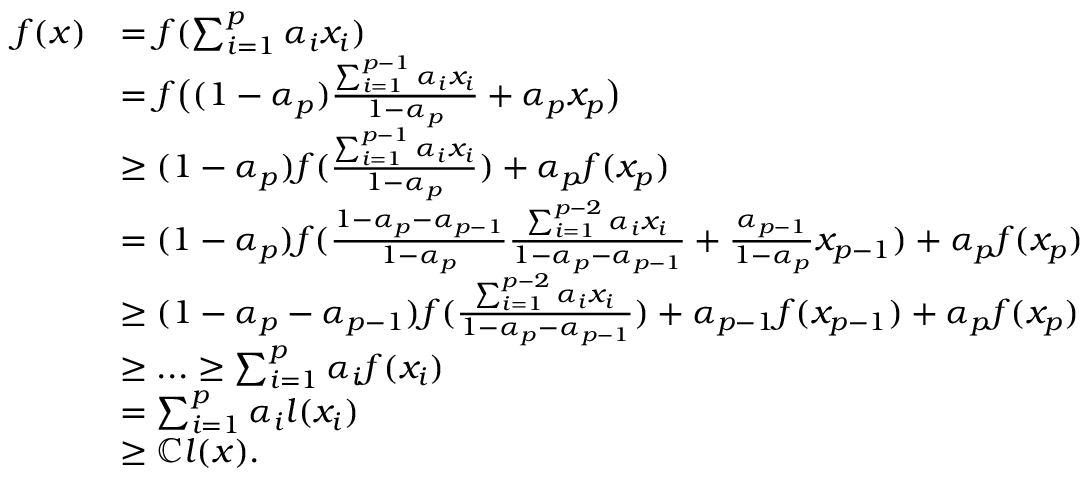
\begin{array} { r l } { f ( x ) } & { = f ( \sum _ { i = 1 } ^ { p } \alpha _ { i } x _ { i } ) } \\ & { = f \bigl ( ( 1 - \alpha _ { p } ) \frac { \sum _ { i = 1 } ^ { p - 1 } \alpha _ { i } x _ { i } } { 1 - \alpha _ { p } } + \alpha _ { p } x _ { p } \bigr ) } \\ & { \geq ( 1 - \alpha _ { p } ) f ( \frac { \sum _ { i = 1 } ^ { p - 1 } \alpha _ { i } x _ { i } } { 1 - \alpha _ { p } } ) + \alpha _ { p } f ( x _ { p } ) } \\ & { = ( 1 - \alpha _ { p } ) f ( \frac { 1 - \alpha _ { p } - \alpha _ { p - 1 } } { 1 - \alpha _ { p } } \frac { \sum _ { i = 1 } ^ { p - 2 } \alpha _ { i } x _ { i } } { 1 - \alpha _ { p } - \alpha _ { p - 1 } } + \frac { \alpha _ { p - 1 } } { 1 - \alpha _ { p } } x _ { p - 1 } ) + \alpha _ { p } f ( x _ { p } ) } \\ & { \geq ( 1 - \alpha _ { p } - \alpha _ { p - 1 } ) f ( \frac { \sum _ { i = 1 } ^ { p - 2 } \alpha _ { i } x _ { i } } { 1 - \alpha _ { p } - \alpha _ { p - 1 } } ) + \alpha _ { p - 1 } f ( x _ { p - 1 } ) + \alpha _ { p } f ( x _ { p } ) } \\ & { \geq . . . \geq \sum _ { i = 1 } ^ { p } \alpha _ { i } f ( x _ { i } ) } \\ & { = \sum _ { i = 1 } ^ { p } \alpha _ { i } l ( x _ { i } ) } \\ & { \geq \mathbb { C } l ( x ) . } \end{array}